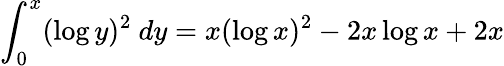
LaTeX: \int_{0}^{x}(\log y)^{2}\ dy=x(\log x)^{2}-2x\log x+2x